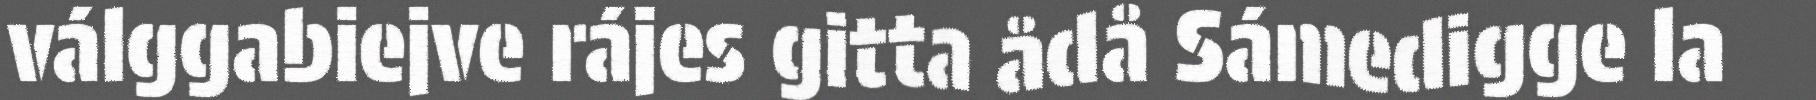
válggabiejve rájes gitta ådå Sámedigge la